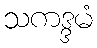
သကဒ္ဒမံ